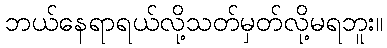
ဘယ်နေရာရယ်လို့သတ်မှတ်လို့မရဘူး။